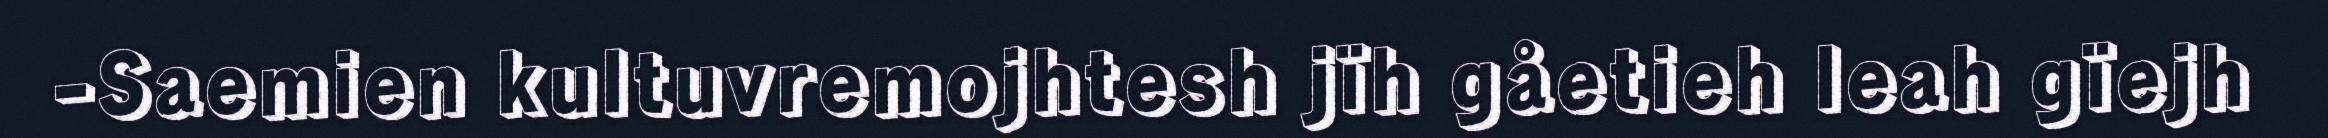
-Saemien kultuvremojhtesh jïh gåetieh leah gïejh